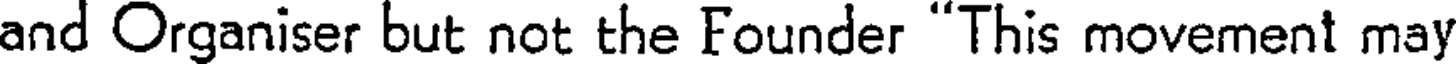
and Organiser but not the Founder "This movement may